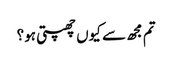
تم مجھ سے کیوں چھپتی ہو؟